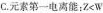
C.元素第一电离能：$$Z < W$$